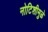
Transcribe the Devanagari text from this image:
नोटिशीमुळे